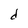
Character: d